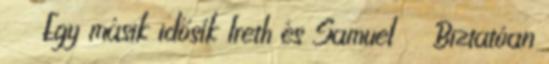
Egy másik idősík Ireth és Samuel Biztatóan